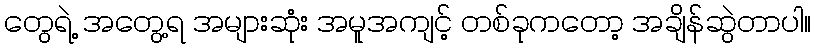
တွေရဲ့ အတွေ့ရ အများဆုံး အမူအကျင့် တစ်ခုကတော့ အချိန်ဆွဲတာပါ။